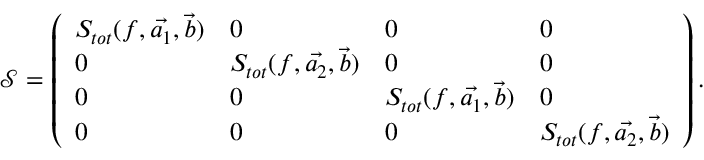
\mathcal { S } = \left( \begin{array} { l l l l } { S _ { t o t } ( f , \vec { a _ { 1 } } , \vec { b } ) } & { 0 } & { 0 } & { 0 } \\ { 0 } & { S _ { t o t } ( f , \vec { a _ { 2 } } , \vec { b } ) } & { 0 } & { 0 } \\ { 0 } & { 0 } & { S _ { t o t } ( f , \vec { a _ { 1 } } , \vec { b } ) } & { 0 } \\ { 0 } & { 0 } & { 0 } & { S _ { t o t } ( f , \vec { a _ { 2 } } , \vec { b } ) } \end{array} \right) .